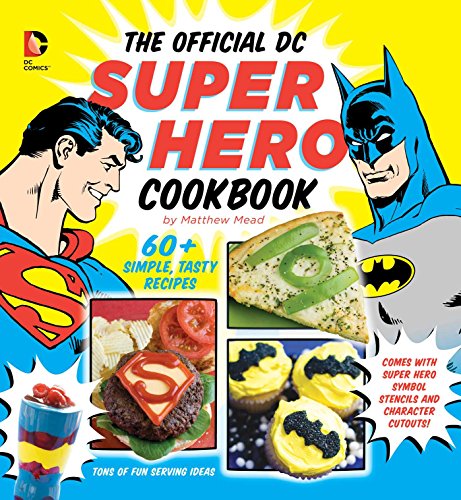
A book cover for The Official DC Super Hero Cookbook: 50+ Simple, Healthy, Tasty Recipes for Growing Super Heroes (DC Super Heroes); Matthew Mead; Children's Books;